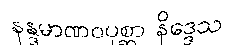
နန္ဒမာဏဝပုစ္ဆာ နိဒ္ဒေသ